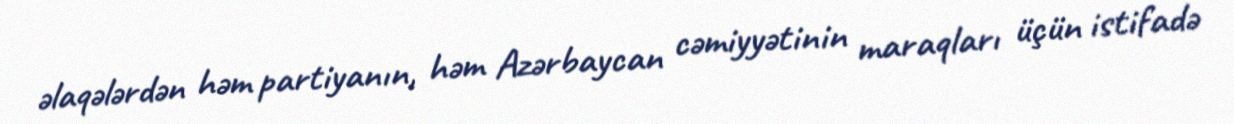
əlaqələrdən həm partiyanın, həm Azərbaycan cəmiyyətinin maraqları üçün istifadə